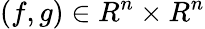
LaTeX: (f,g)\in R^{n}\times R^{n}